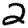
Digit: 2